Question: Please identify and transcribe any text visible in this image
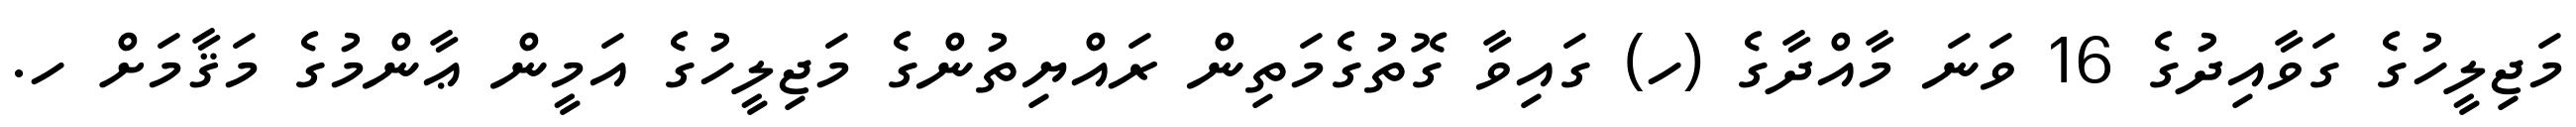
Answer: މަޖިލީހުގެ ގަވާއިދުގެ 16 ވަނަ މާއްދާގެ (ހ) ގައިވާ ގޮތުގެމަތިން ރައްޔިތުންގެ މަޖިލީހުގެ އަމީން ޢާންމުގެ މަޤާމަށް ހ.